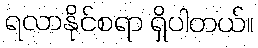
ရလာနိုင်စရာ ရှိပါတယ်။